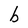
Character: b